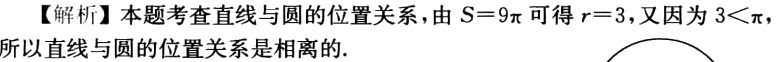
【解析】本题考查直线与圆的位置关系，由\(S = 9\pi\)可得\(r = 3\)，又因为\(3<\pi\)，所以直线与圆的位置关系是相离的.